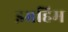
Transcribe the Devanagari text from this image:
इभ्रहिम